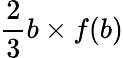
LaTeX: \frac{2}{3}b\times f(b)